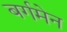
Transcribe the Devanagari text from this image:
बर्गमेन